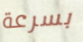
بسرعة